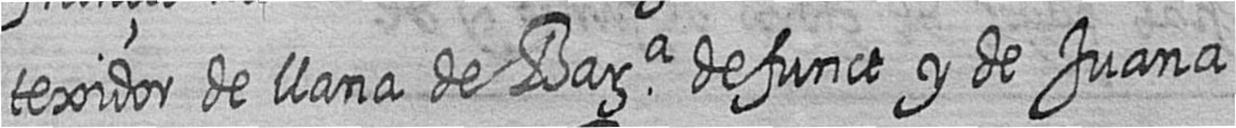
texidor de llana de Bara defunct y de Juana